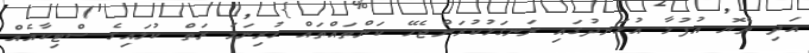
އަދި ތެޔޮ އުފުލާ އުޅަނދުގައި ރަނގަޅުކުރަންޖެހޭ ކަންތައްތައް ހުރިނަމަ ރަތް ކުލައިގެ ސްޓިކާއެއް